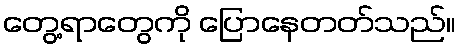
တွေ့ရာတွေကို ပြောနေတတ်သည်။